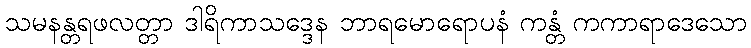
သမနန္တရဖလတ္တာ ဒါရိကာသဒ္ဒေန ဘာရမောရောပနံ ကန္တံ ကကာရာဒေသော